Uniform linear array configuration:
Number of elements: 64
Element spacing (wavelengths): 1
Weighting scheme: blackman
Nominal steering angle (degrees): -30
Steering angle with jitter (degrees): -31.455
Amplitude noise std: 0.05
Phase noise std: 0.05

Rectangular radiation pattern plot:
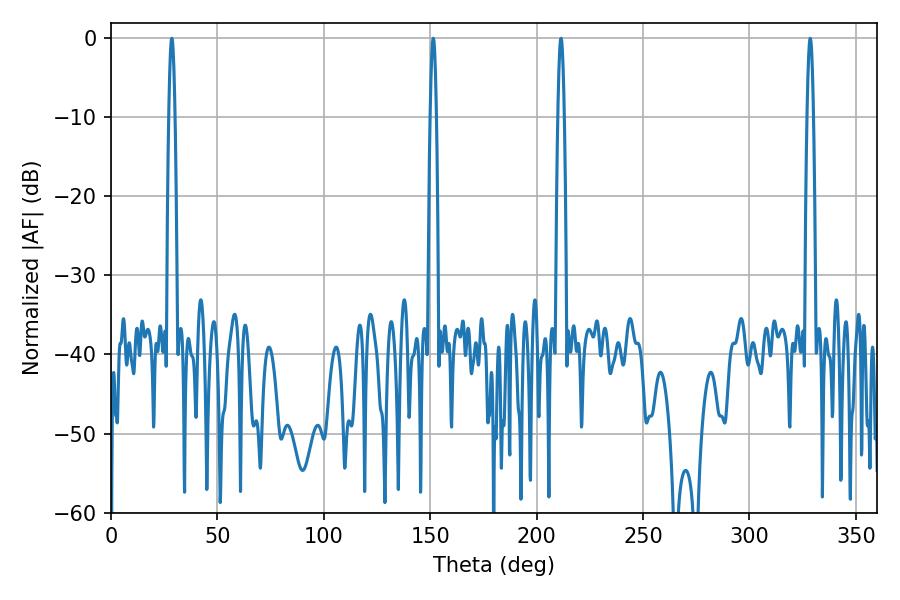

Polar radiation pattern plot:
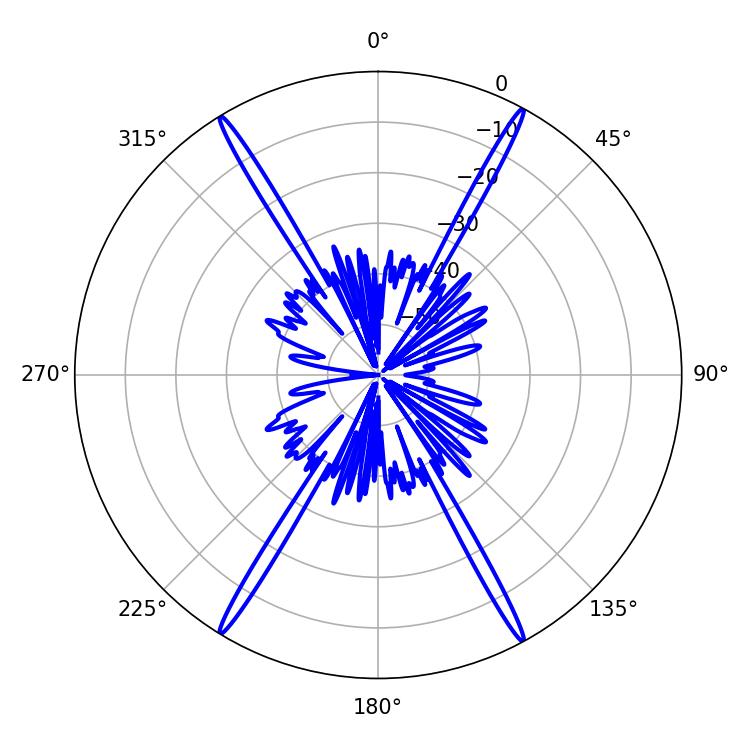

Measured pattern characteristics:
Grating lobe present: TRUE
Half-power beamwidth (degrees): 1.44
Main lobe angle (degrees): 28.62